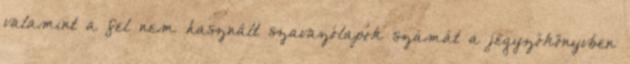
valamint a fel nem használt szavazólapok számát a jegyzőkönyvben